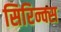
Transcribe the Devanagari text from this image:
सिरिन्क्स